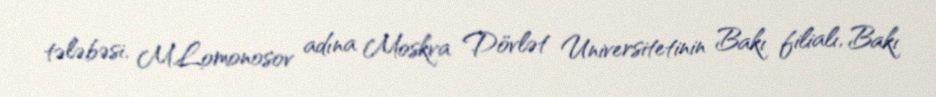
tələbəsi, M.Lomonosov adına Moskva Dövlət Universitetinin Bakı filialı, Bakı